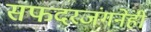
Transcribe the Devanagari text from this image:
सफदरजंगनेही